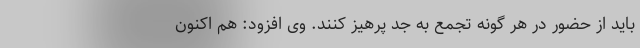
باید از حضور در هر گونه تجمع به جد پرهیز کنند. وی افزود: هم اکنون